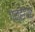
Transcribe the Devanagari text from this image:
गन्हेगार